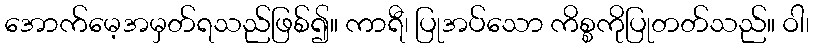
အောက်မေ့အမှတ်ရသည်ဖြစ်၍။ ကာရီ၊ ပြုအပ်သော ကိစ္စကိုပြုတတ်သည်။ ဝါ၊